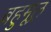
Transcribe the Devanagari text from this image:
बहुमूल्र